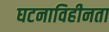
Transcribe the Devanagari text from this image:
घटनाविहीनता